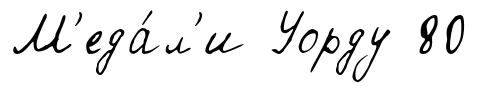
М'еда́л'и Уорду 80